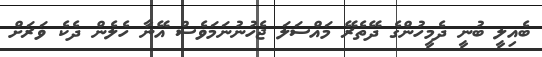
ބެއިލީ ބުނީ ދެމީހުންގެ ދޭތެރޭ މައްސަލަ ޖެހުނުނަމަވެސް އޭނާ ހެލެން ދެކެ ވަރަށް